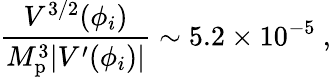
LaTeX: \frac{V^{3/2}(\phi_{i})}{M_{\mathrm{p}}^{3}|V^{\prime}(\phi_{i})|}\sim 5.2\times 10^{-5}\ ,